38_143685_box_Incident_Summaries_173-233
Agency: Department of War
Page 17
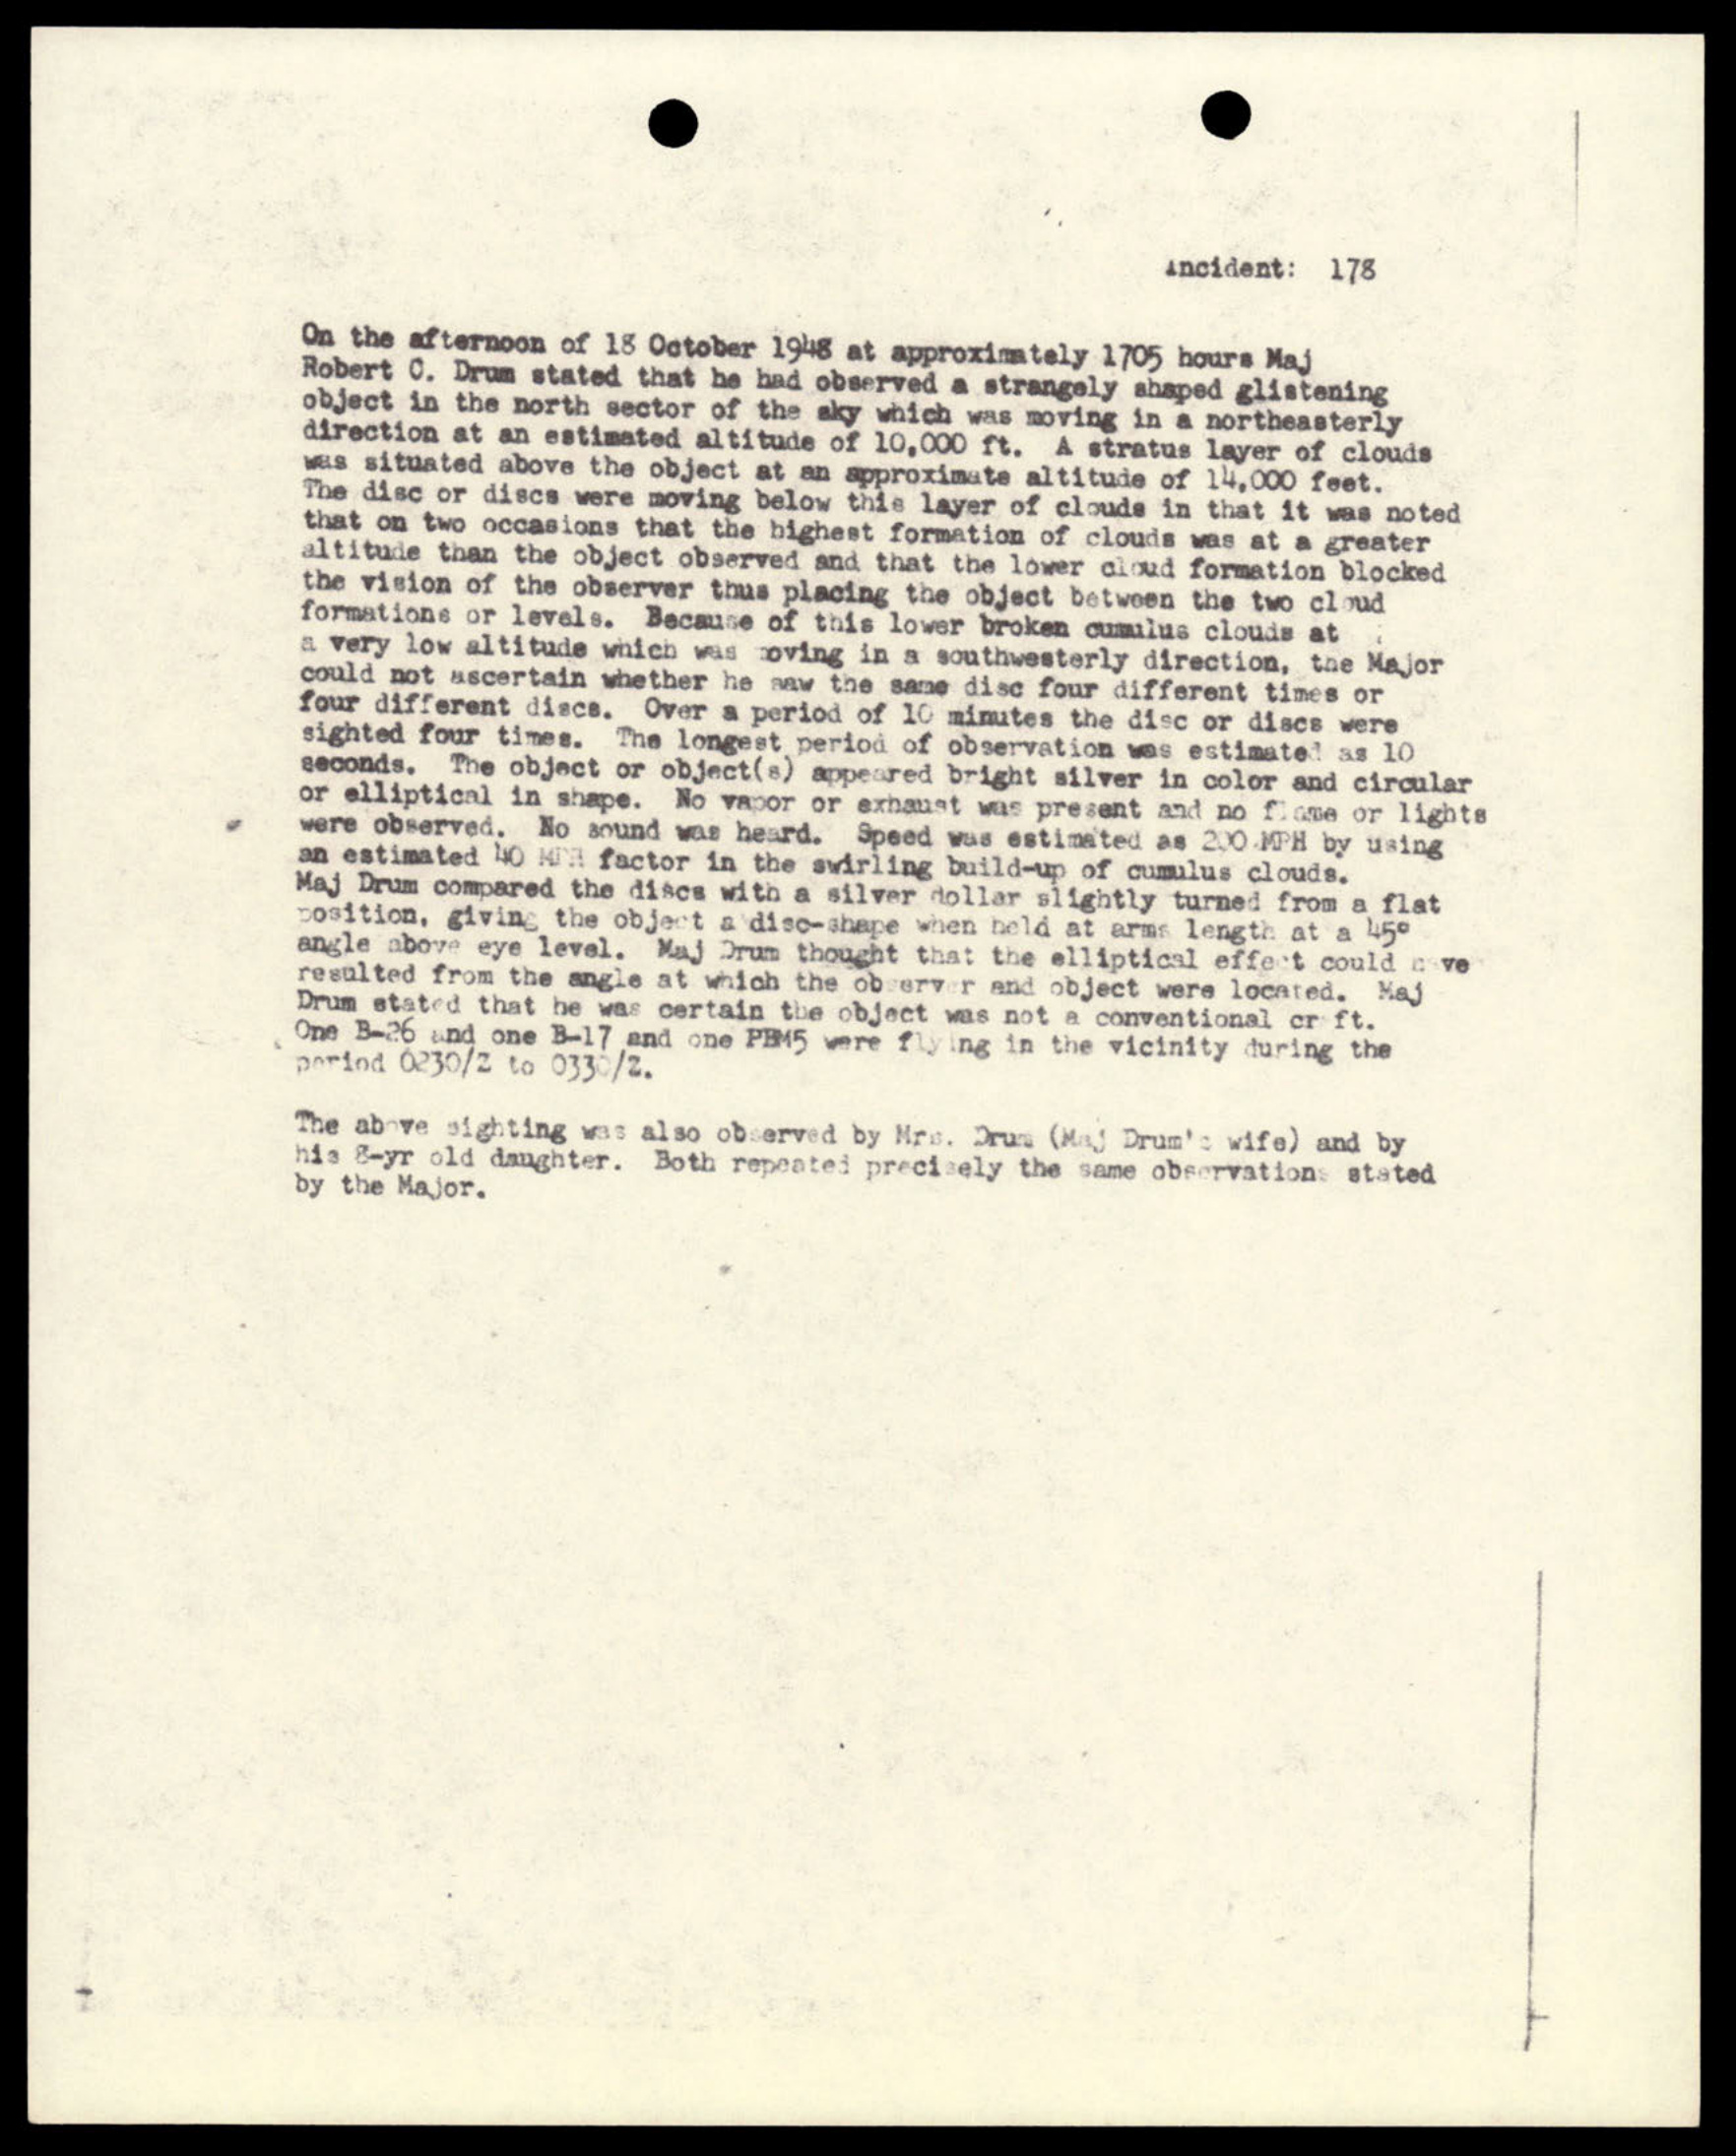